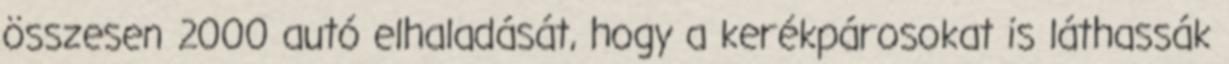
összesen 2000 autó elhaladását, hogy a kerékpárosokat is láthassák